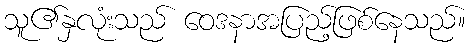
သူ၏နှလုံးသည် ဝေဒနာအပြည့်ဖြစ်နေသည်။